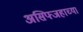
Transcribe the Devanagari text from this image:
असिफ्जहाच्या